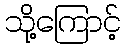
သို့ကြောင့်